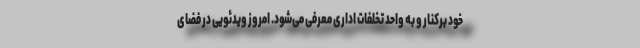
خود برکنار و به واحد تخلفات اداری معرفی می‌شود. امروز ویدئویی در فضای